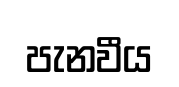
පැනවීය